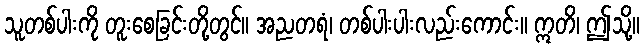
သူတစ်ပါးကို တူးစေခြင်းတို့တွင်။ အညတရံ၊ တစ်ပါးပါးလည်းကောင်း။ ဣတိ၊ ဤသို့။